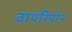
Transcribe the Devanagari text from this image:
वायरियोन